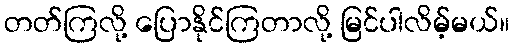
တတ်ကြလို့ ပြောနိုင်ကြတာလို့ မြင်ပါလိမ့်မယ်။